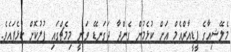
މެލޭޝިއާގެ ޕީޑީއާރްއެމް އަށް ކުޅެމުން ގެންދާ ދަގަނޑޭ ވަނީ މިމެޗްގައި ފުލުކޮށް ކުޅެފައެވެ.